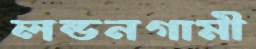
লন্ডনগামী